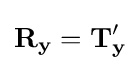
\mathbf {R_{y}} =\mathbf {T} _{\mathbf {y} }'